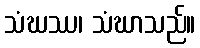
သံဃဿ၊ သံဃာသည်။